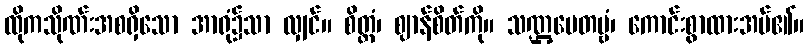
ထိုကသိုဏ်းအစရှိသော အာရုံ၌သာ လျှင်။ စိတ္တံ၊ ဈာန်စိတ်ကို။ သဏ္ဌပေတဗ္ဗံ၊ ကောင်းစွာထားအပ်၏။